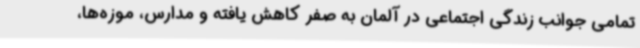
تمامی جوانب زندگی اجتماعی در آلمان به صفر کاهش یافته و مدارس، موزه‌ها،